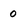
Character: 0